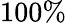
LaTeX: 100\%